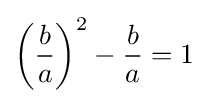
\left({\frac {b}{a}}\right)^{2}-{\frac {b}{a}}=1